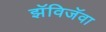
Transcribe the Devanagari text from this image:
झॅविजॅवा